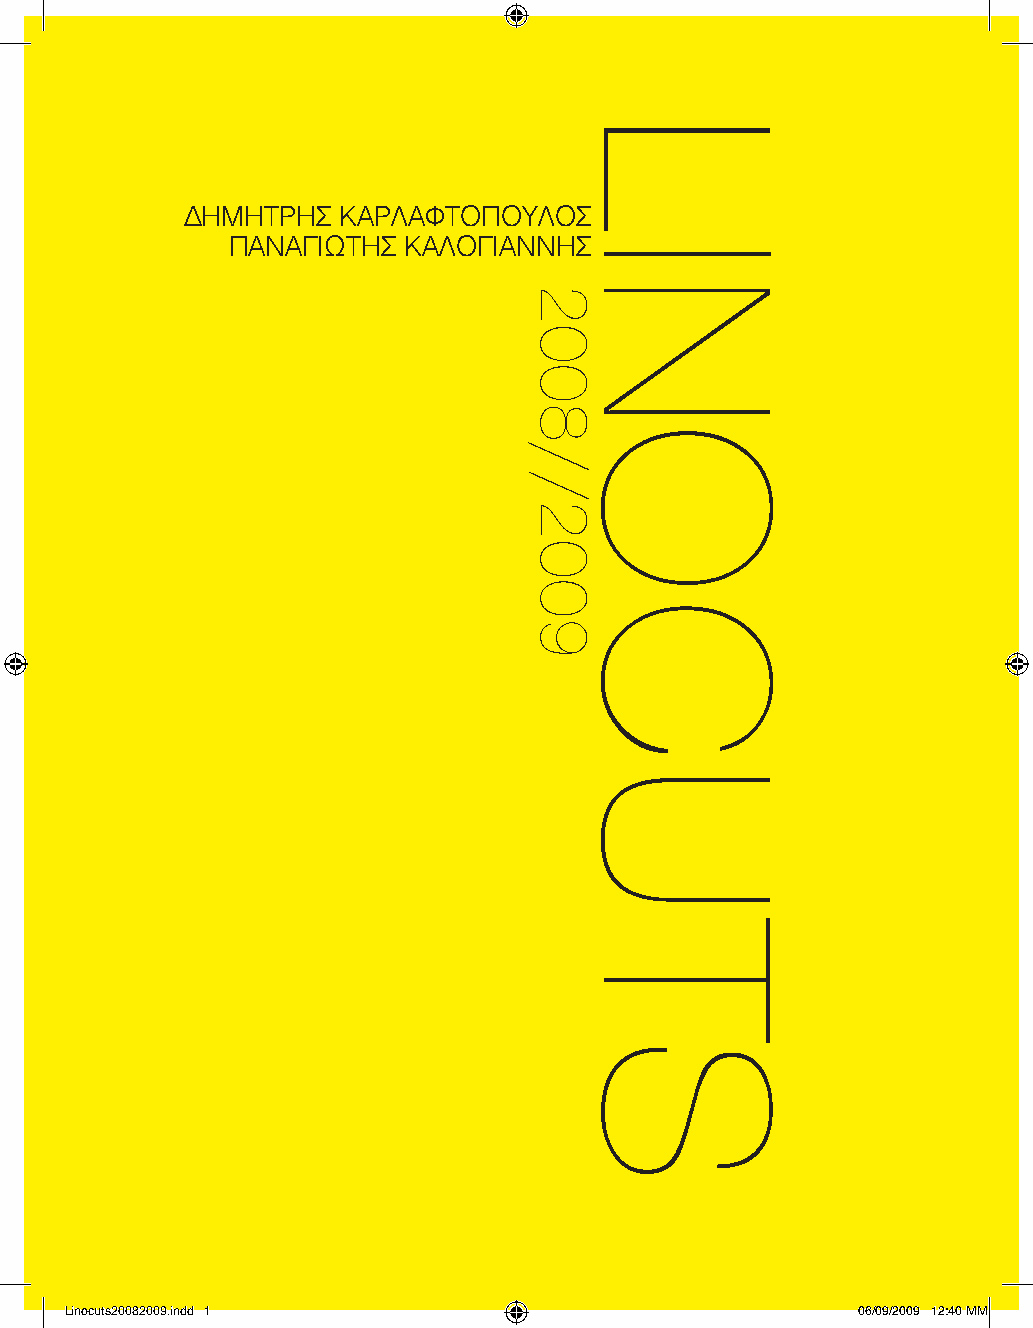
ΔΗΜΗΤΡΗΣ  ΚΑΡΛΑΦΤΟΠΟΥΛΟΣ
 ΠΑΝΑΓΙΩΤΗΣ  ΚΑΛΟΓΙΑΝΝΗΣ
 Linocuts20082009.indd 1                              06/09/2009 12:40 ΜΜ
 2008//2009
 LINOCUTS